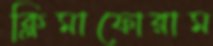
ক্লিমাফোরাম